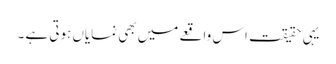
یہی حقیقت اس واقعے میں بھی نمایاں ہوتی ہے ۔